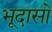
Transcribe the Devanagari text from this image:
भूदासों